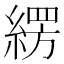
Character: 𮈫